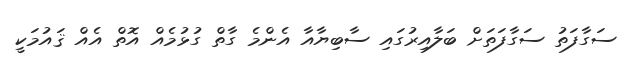
ސަގާފަތު ސަގާފަތަށް ބަލާއިރުގައި ސާބިޔާއާ އެންމެ ގާތް ގުޅުމެއް އޮތް އެއް ޤައުމަކީ